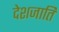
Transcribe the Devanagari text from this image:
देशजाति